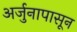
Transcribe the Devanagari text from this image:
अर्जुनापासून